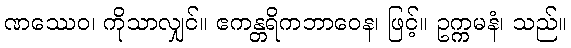
ဏဿေဝ၊ ကိုသာလျှင်။ ဧကန္တရိကဘာဝေန၊ ဖြင့်။ ဥက္ကမနံ၊ သည်။